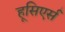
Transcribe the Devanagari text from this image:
हूसिएर्स